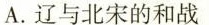
A.辽与北宋的和战